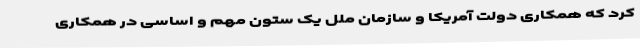
کرد که همکاری دولت آمریکا و سازمان ملل یک ستون مهم و اساسی در همکاری